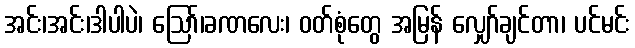
အင်း၊အင်း၊ဒါပါပဲ၊ ဩော်၊ခဏလေး၊ ဝတ်စုံတွေ အမြန် လျှော်ချင်တာ၊ ပင်မင်း